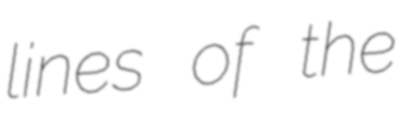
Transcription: lines of the